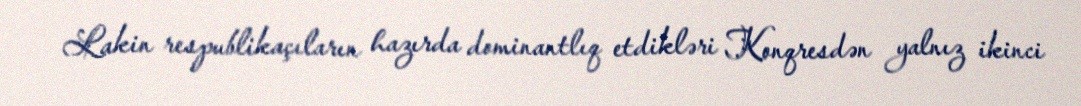
Lakin respublikaçıların hazırda dominantlıq etdikləri Konqresdən yalnız ikinci